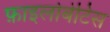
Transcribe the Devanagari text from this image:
फ़ाइलोबेटिस